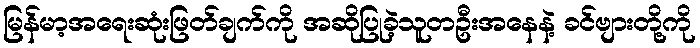
မြန်မာ့အရေးဆုံးဖြတ်ချက်ကို အဆိုပြုခဲ့သူတဦးအနေနဲ့ ခင်ဗျားတို့ကို